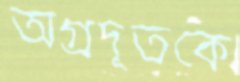
অগ্রদূতকে